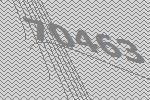
70463